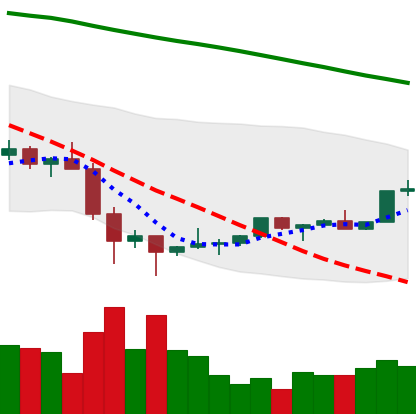
Ticker: TRX-USD
Chart end date: 2022-02-05
Forward return: 6.024%
Label: up_5_7